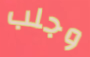
وجلب